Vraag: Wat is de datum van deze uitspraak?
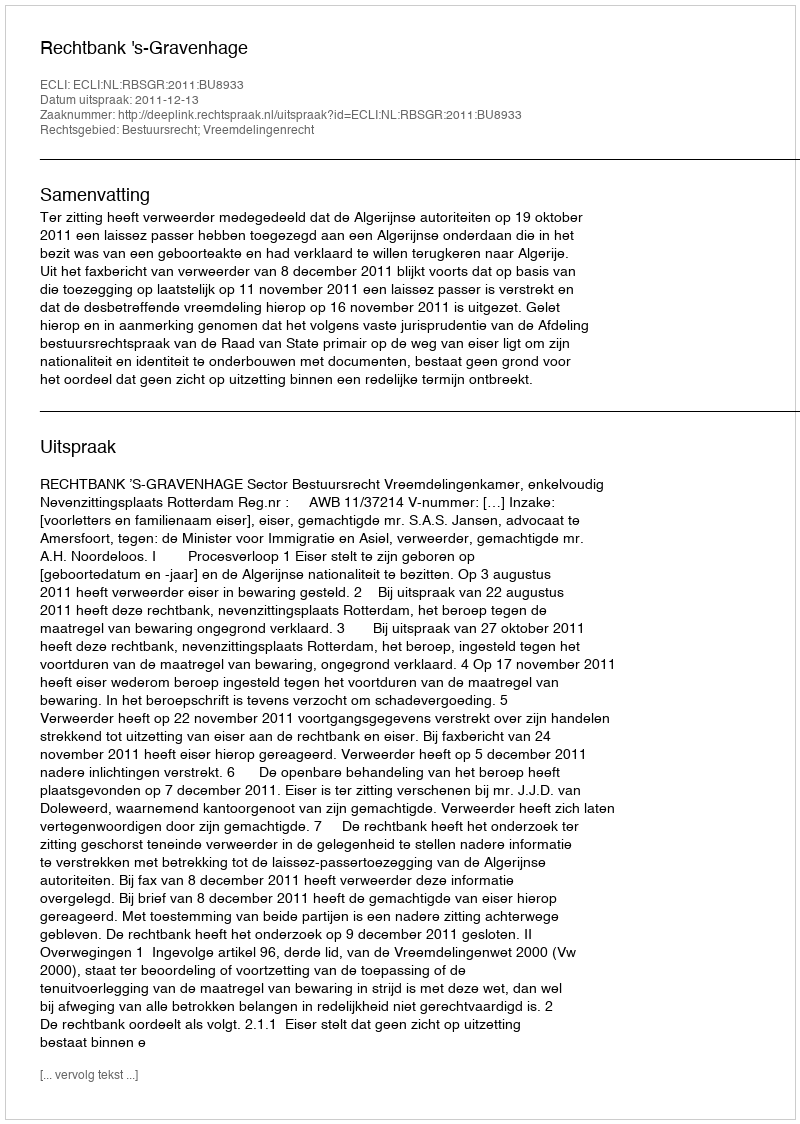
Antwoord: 2011-12-13